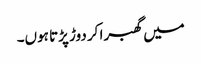
میں گھبرا کر دوڑ پڑتا ہوں۔